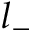
l _ { - }